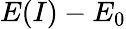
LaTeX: E(I)-E_{0}